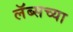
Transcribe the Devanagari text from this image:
लॅब्सच्या